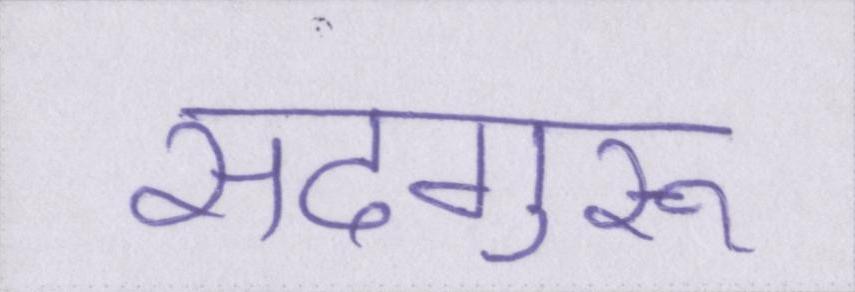
सदगुरू